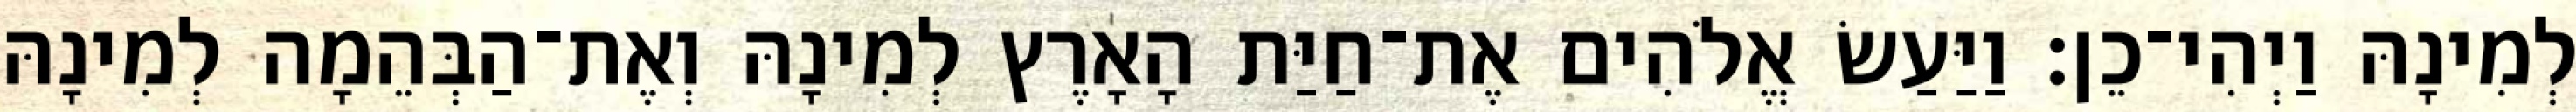
לְמִינָהּ וַיְהִי־כֵן׃ וַיַּעַשׂ אֱלֹהִים אֶת־חַיַּת הָאָרֶץ לְמִינָהּ וְאֶת־הַבְּהֵמָה לְמִינָהּ